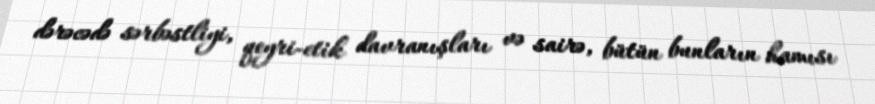
dərəcədə sərbəstliyi, qeyri-etik davranışları və sairə, bütün bunların hamısı